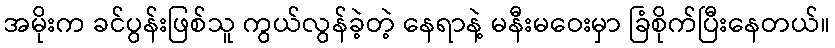
အမိုးက ခင်ပွန်းဖြစ်သူ ကွယ်လွန်ခဲ့တဲ့ နေရာနဲ့ မနီးမဝေးမှာ ခြံစိုက်ပြီးနေတယ်။